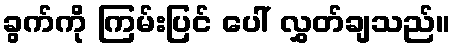
ခွက်ကို ကြမ်းပြင် ပေါ် လွှတ်ချသည်။